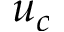
u _ { c }